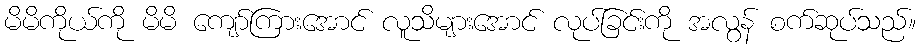
မိမိကိုယ်ကို မိမိ ကျော်ကြားအောင် လူသိများအောင် လုပ်ခြင်းကို အလွန် စက်ဆုပ်သည်။